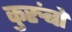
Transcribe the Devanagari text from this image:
कुरुंबों